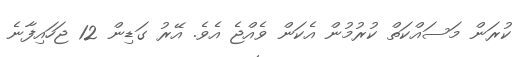
ކުރަން މަސައްކަތް ކުރުމުން އެކަން ވެއްޖެ އެވެ. އޭރު ގަޑިން 12 ޖަހައިފާނެ